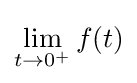
\lim _{t\to 0^{+}}f(t)